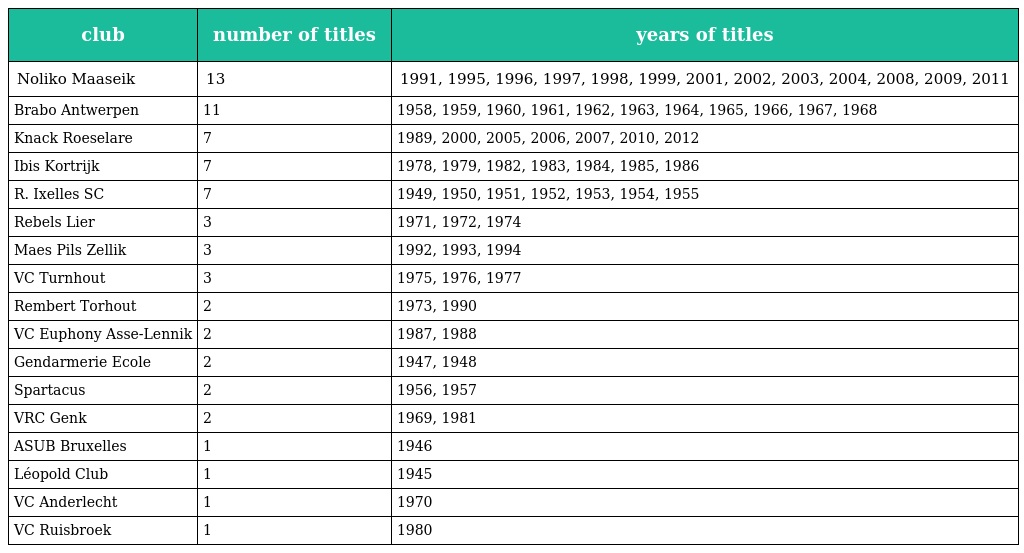
| club | number of titles | years of titles |
 | --- | --- | --- |
 | Noliko Maaseik | 13 | 1991, 1995, 1996, 1997, 1998, 1999, 2001, 2002, 2003, 2004, 2008, 2009, 2011 |
 | Brabo Antwerpen | 11 | 1958, 1959, 1960, 1961, 1962, 1963, 1964, 1965, 1966, 1967, 1968 |
 | Knack Roeselare | 7 | 1989, 2000, 2005, 2006, 2007, 2010, 2012 |
 | Ibis Kortrijk | 7 | 1978, 1979, 1982, 1983, 1984, 1985, 1986 |
 | R. Ixelles SC | 7 | 1949, 1950, 1951, 1952, 1953, 1954, 1955 |
 | Rebels Lier | 3 | 1971, 1972, 1974 |
 | Maes Pils Zellik | 3 | 1992, 1993, 1994 |
 | VC Turnhout | 3 | 1975, 1976, 1977 |
 | Rembert Torhout | 2 | 1973, 1990 |
 | VC Euphony Asse-Lennik | 2 | 1987, 1988 |
 | Gendarmerie Ecole | 2 | 1947, 1948 |
 | Spartacus | 2 | 1956, 1957 |
 | VRC Genk | 2 | 1969, 1981 |
 | ASUB Bruxelles | 1 | 1946 |
 | Léopold Club | 1 | 1945 |
 | VC Anderlecht | 1 | 1970 |
 | VC Ruisbroek | 1 | 1980 |